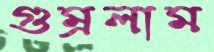
গুম্‌রলাম